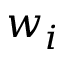
w _ { i }